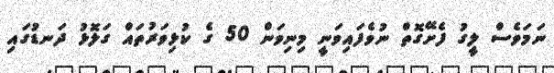
ނަމަވެސް ލީގު ފެށޭގޮތް ނުވެފައިވަނީ މިނިވަން 50 ގެ ކުޅިވަރުތައް ގަލޮޅު ދަނޑުގައި